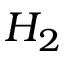
H _ { 2 }